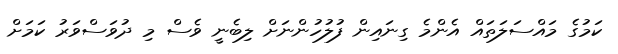
ކަމުގެ މައްސަލަތައް އެންމެ ގިނައިން ފުލުހުންނަށް ލިބެނީ ވެސް މި ދުވަސްވަރު ކަަމަށް